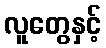
လူတွေနှင့်